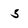
Character: 5